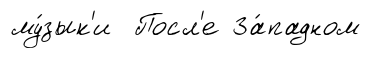
му́зык'и Посл'е За́падном